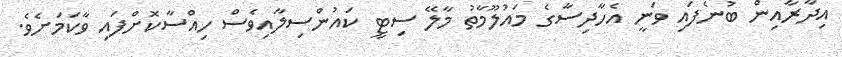
އިދާރާއިން ބުނެފައި ވަނީ އެހާދިސާގެ މައުލޫމާތު މާލޭ ސިޓީ ކައުންސިލާއިވެސް ހިއްސާކޮށްފައި ވާކަމަށެވެ.